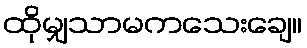
ထိုမျှသာမကသေးချေ။